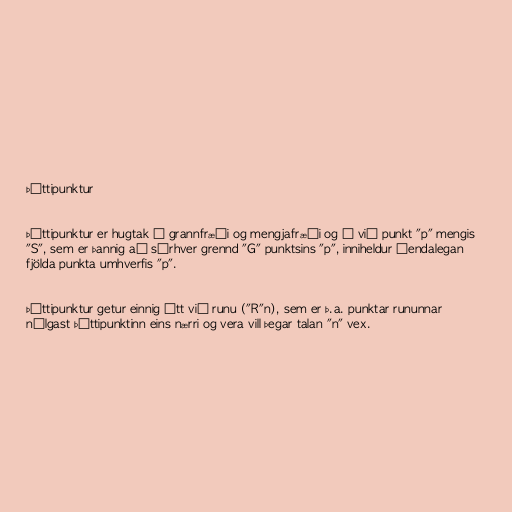
Þéttipunktur

Þéttipunktur er hugtak í grannfræði og mengjafræði og á við punkt "p" mengis
"S", sem er þannig að sérhver grennd "G" punktsins "p", inniheldur óendalegan
fjölda punkta umhverfis "p".

Þéttipunktur getur einnig átt við runu ("R"n), sem er þ.a. punktar rununnar
nálgast þéttipunktinn eins nærri og vera vill þegar talan "n" vex.